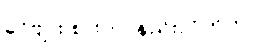
ခင်ဗျား စားတာနည်းလိုက်တာ။